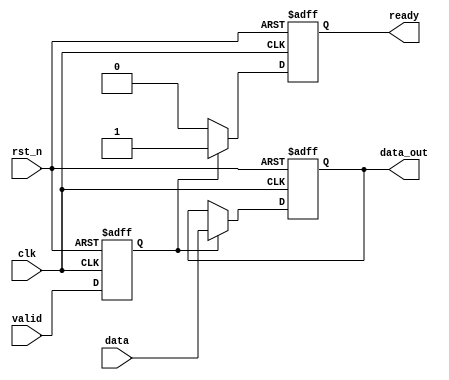
`timescale 1ns/1ns
module data_slave #(parameter width=4)
(
    input clk,
    input rst_n,
    input  [width-1:0]data,
    input  valid,
    output ready,
	output [width-1:0]	data_out

);
    //
   reg valid_reg1; 
   always@(posedge clk or negedge rst_n)begin
        if(!rst_n)begin
            valid_reg1<=0;
        end
        else begin
            valid_reg1<=valid;
        end
    end 
    //
    reg ready_temp;
    always@(posedge clk or negedge rst_n)begin
        if(!rst_n)
            ready_temp<=0;
        else if(valid_reg1)
            ready_temp<=1;	//ready_temp
        else
            ready_temp<=0;   
    end
    assign ready=ready_temp;
	
    //
    reg [width-1:0] data_out_temp;
    always@(posedge clk or negedge rst_n)begin
        if(!rst_n)
           data_out_temp<=0;
        else if(valid_reg1)
            data_out_temp<=data;
        else
            data_out_temp<=data_out_temp;
    end 
	assign data_out=data_out_temp;
endmodule